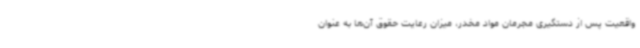
واقعیت پس از دستگیری مجرمان مواد مخدر، میزان رعایت حقوق آن‌ها به عنوان